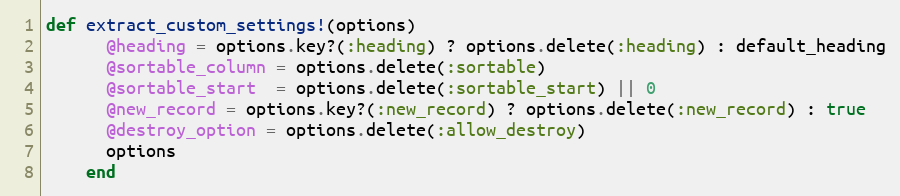
Language: Ruby
def extract_custom_settings!(options)
      @heading = options.key?(:heading) ? options.delete(:heading) : default_heading
      @sortable_column = options.delete(:sortable)
      @sortable_start  = options.delete(:sortable_start) || 0
      @new_record = options.key?(:new_record) ? options.delete(:new_record) : true
      @destroy_option = options.delete(:allow_destroy)
      options
    end